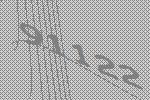
91122